Annual report of the Civil Veterinary Department, Bengal, for the year 1896-97 - 1896-1897
Year: 1896
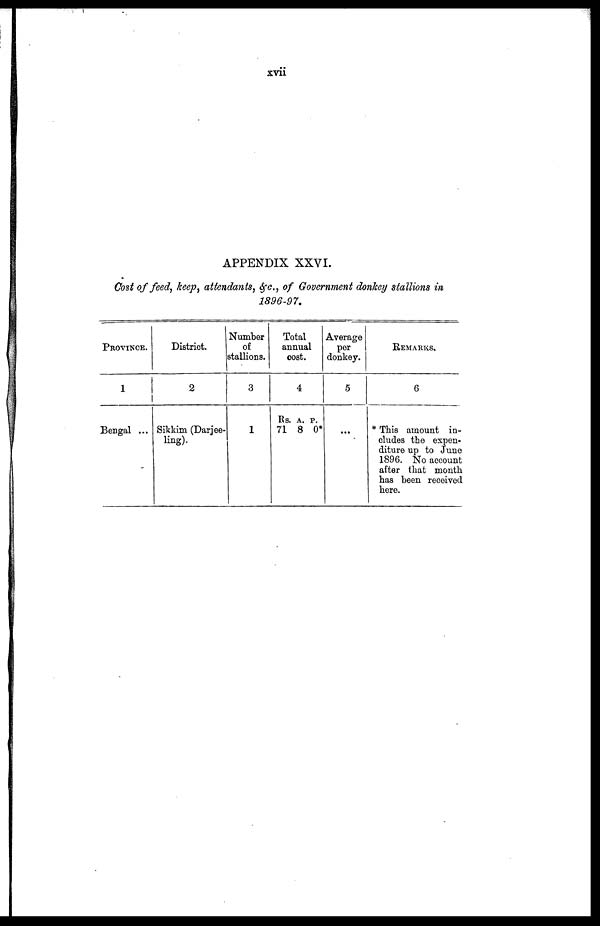
xvii
APPENDIX XXVI.
Cost of feed, keep, attendants, & c. of Government donkey stallions in
1896-97.
PROVINCE.
1
Bengal ...
District.
2
Sikkim (Darjee-
ling).
Number
of
stallions.
3
1
Total
annual
cost.
4
Rs. A. P.
71 8 0*
Average
per
donkey.
5
...
REMARKS,
6
* This amount in-
cludes the expen-
diture up to June
1896. No account
after that month
has been received
here.